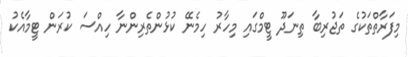
މިފަރާތްތަކުގެ ތަޖުރިބާ ތިނަދޫ ޓީމްގައި މިހާރު ހިމެނޭ ކުޅުންތެރިންނާ ހިއްސަ ކުރަން ޓީމާއެކު